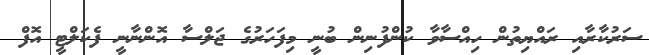
ސަރުކާރާއި ރައްޔިތުން ހިއްސާވާ ކުންފުނިން ބުނީ މިފަހަރުގެ ޖަލްސާ އޮންނާނީ ފެކަލްޓީ އޮފް